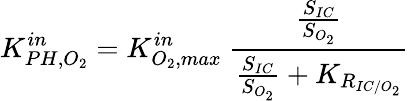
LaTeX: K_{PH,O_{2}}^{in}=K_{O_{2},max}^{in}\ \frac{\frac{S_{IC}}{S_{O_{2}}}}{\frac{S_{IC}}{S_{O_{2}}}+K_{R_{IC/O_{2}}}}